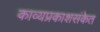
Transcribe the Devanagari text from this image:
काव्यप्रकाशसंकेत